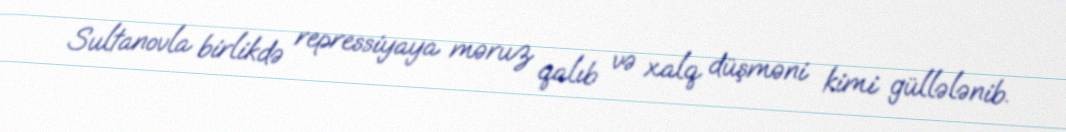
Sultanovla birlikdə repressiyaya məruz qalıb və xalq düşməni kimi güllələnib.